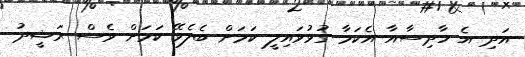
އަދި އެ ހާދިސާއާ އެކަމާ ގުޅުވައިލީ ކަމަށް ބެލެވޭ ކަމަށް ވެސް ރަޝީދު